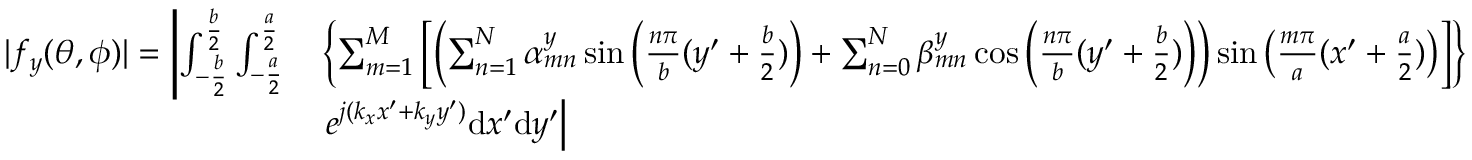
\begin{array} { r l } { | f _ { y } ( \theta , \phi ) | = \left| \int _ { - \frac { b } { 2 } } ^ { \frac { b } { 2 } } { \int _ { - \frac { a } { 2 } } ^ { \frac { a } { 2 } } } \right. } & { \left\{ \sum _ { m = 1 } ^ { M } \left[ \left( \sum _ { n = 1 } ^ { N } \alpha _ { m n } ^ { y } \sin \left( \frac { n \pi } { b } ( y ^ { \prime } + \frac { b } { 2 } ) \right) + \sum _ { n = 0 } ^ { N } \beta _ { m n } ^ { y } \cos \left( \frac { n \pi } { b } ( y ^ { \prime } + \frac { b } { 2 } ) \right) \right) \sin \left( \frac { m \pi } { a } ( x ^ { \prime } + \frac { a } { 2 } ) \right) \right] \right\} } \\ & { \left. e ^ { j ( k _ { x } x ^ { \prime } + k _ { y } y ^ { \prime } ) } \mathrm { d } x ^ { \prime } \mathrm { d } y ^ { \prime } \right| } \end{array}